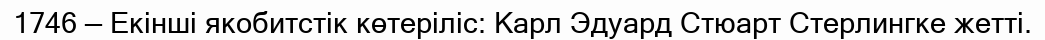
1746 — Екінші якобитстік көтеріліс: Карл Эдуард Стюарт Стерлингке жетті.